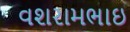
વશરામભાઇ